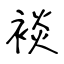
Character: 裧